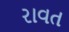
રાવત